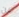
عن